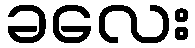
ခလေး